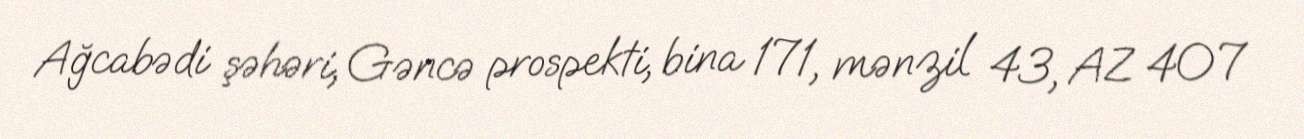
Ağcabədi şəhəri, Gəncə prospekti, bina 171, mənzil 43, AZ 407